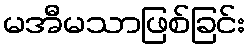
မအီမသာဖြစ်ခြင်း